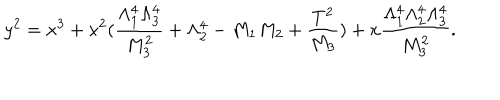
LaTeX: y ^ { 2 } = x ^ { 3 } + x ^ { 2 } ( \frac { \Lambda _ { 1 } ^ { 4 } \Lambda _ { 3 } ^ { 4 } } { M _ { 3 } ^ { 2 } } + \Lambda _ { 2 } ^ { 4 } - M _ { 1 } M _ { 2 } + \frac { T ^ { 2 } } { M _ { 3 } } ) + x \frac { \Lambda _ { 1 } ^ { 4 } \Lambda _ { 2 } ^ { 4 } \Lambda _ { 3 } ^ { 4 } } { M _ { 3 } ^ { 2 } } . \nonumber